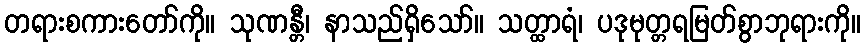
တရားစကားတော်ကို။ သုဏန္တီ၊ နာသည်ရှိသော်။ သတ္ထာရံ၊ ပဒုမုတ္တရမြတ်စွာဘုရားကို။